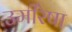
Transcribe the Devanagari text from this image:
उमींरेषा